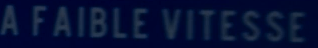
AFAIBLEVITESSE